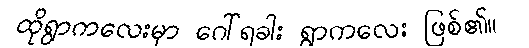
ထိုရွာကလေးမှာ ဂေါ်ရခါး ရွာကလေး ဖြစ်၏။